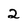
Character: 2